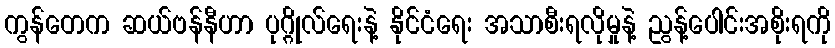
ကွန်တေက ဆယ်ဗန်နီဟာ ပုဂ္ဂိုလ်ရေးနဲ့ နိုင်ငံရေး အသာစီးရလိုမှုနဲ့ ညွန့်ပေါင်းအစိုးရကို